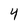
Character: 4